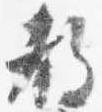
教